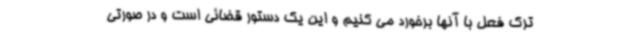
ترک فعل با آنها برخورد می کنیم و این یک دستور قضائی است و در صورتی